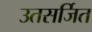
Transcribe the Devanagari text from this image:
उतसर्जित